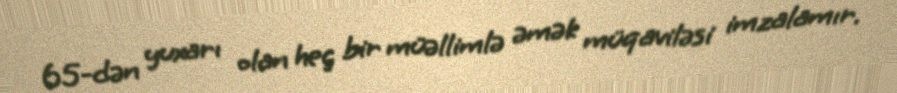
65-dən yuxarı olan heç bir müəllimlə əmək müqaviləsi imzalamır.